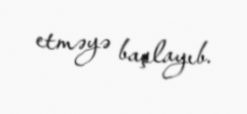
etməyə başlayıb.